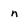
Character: n